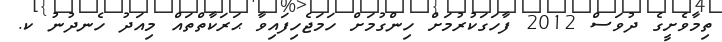
ތިމާވެށީގެ ދުވަސް 2012 ފާހަގަކުރުމަށް ހިންގުމަށް ހަމަޖެހިފައިވާ ޙަރަކާތްތައް މިއަދު ހެނދުނު ކ.